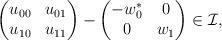
LaTeX: \begin{align*} \begin{pmatrix} u_{00} & u_{01} \\ u_{10} & u_{11} \end{pmatrix} - \begin{pmatrix} -w_0^* & 0 \\ 0 & w_1 \end{pmatrix} \in \mathcal{I}, \end{align*}